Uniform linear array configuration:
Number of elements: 48
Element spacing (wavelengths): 0.75
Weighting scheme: blackman
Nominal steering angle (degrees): -15
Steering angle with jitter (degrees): -16.159
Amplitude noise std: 0.05
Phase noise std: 0.05

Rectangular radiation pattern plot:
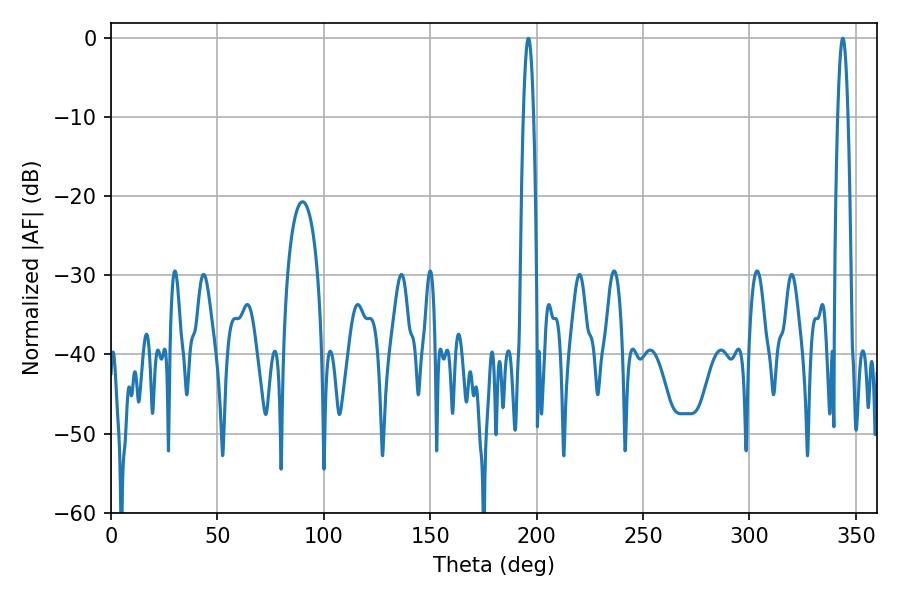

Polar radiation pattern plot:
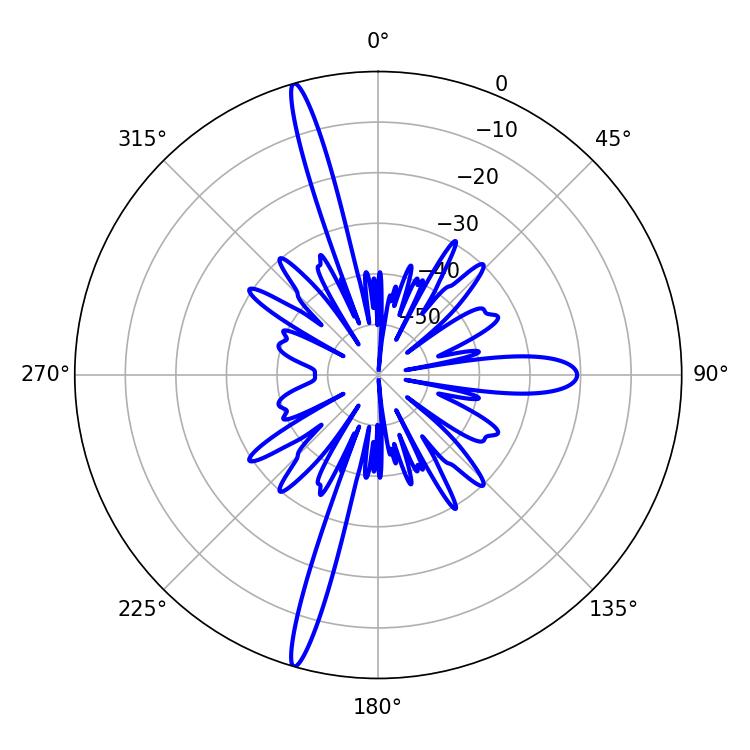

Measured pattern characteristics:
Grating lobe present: TRUE
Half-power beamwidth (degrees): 2.7
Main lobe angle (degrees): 343.8